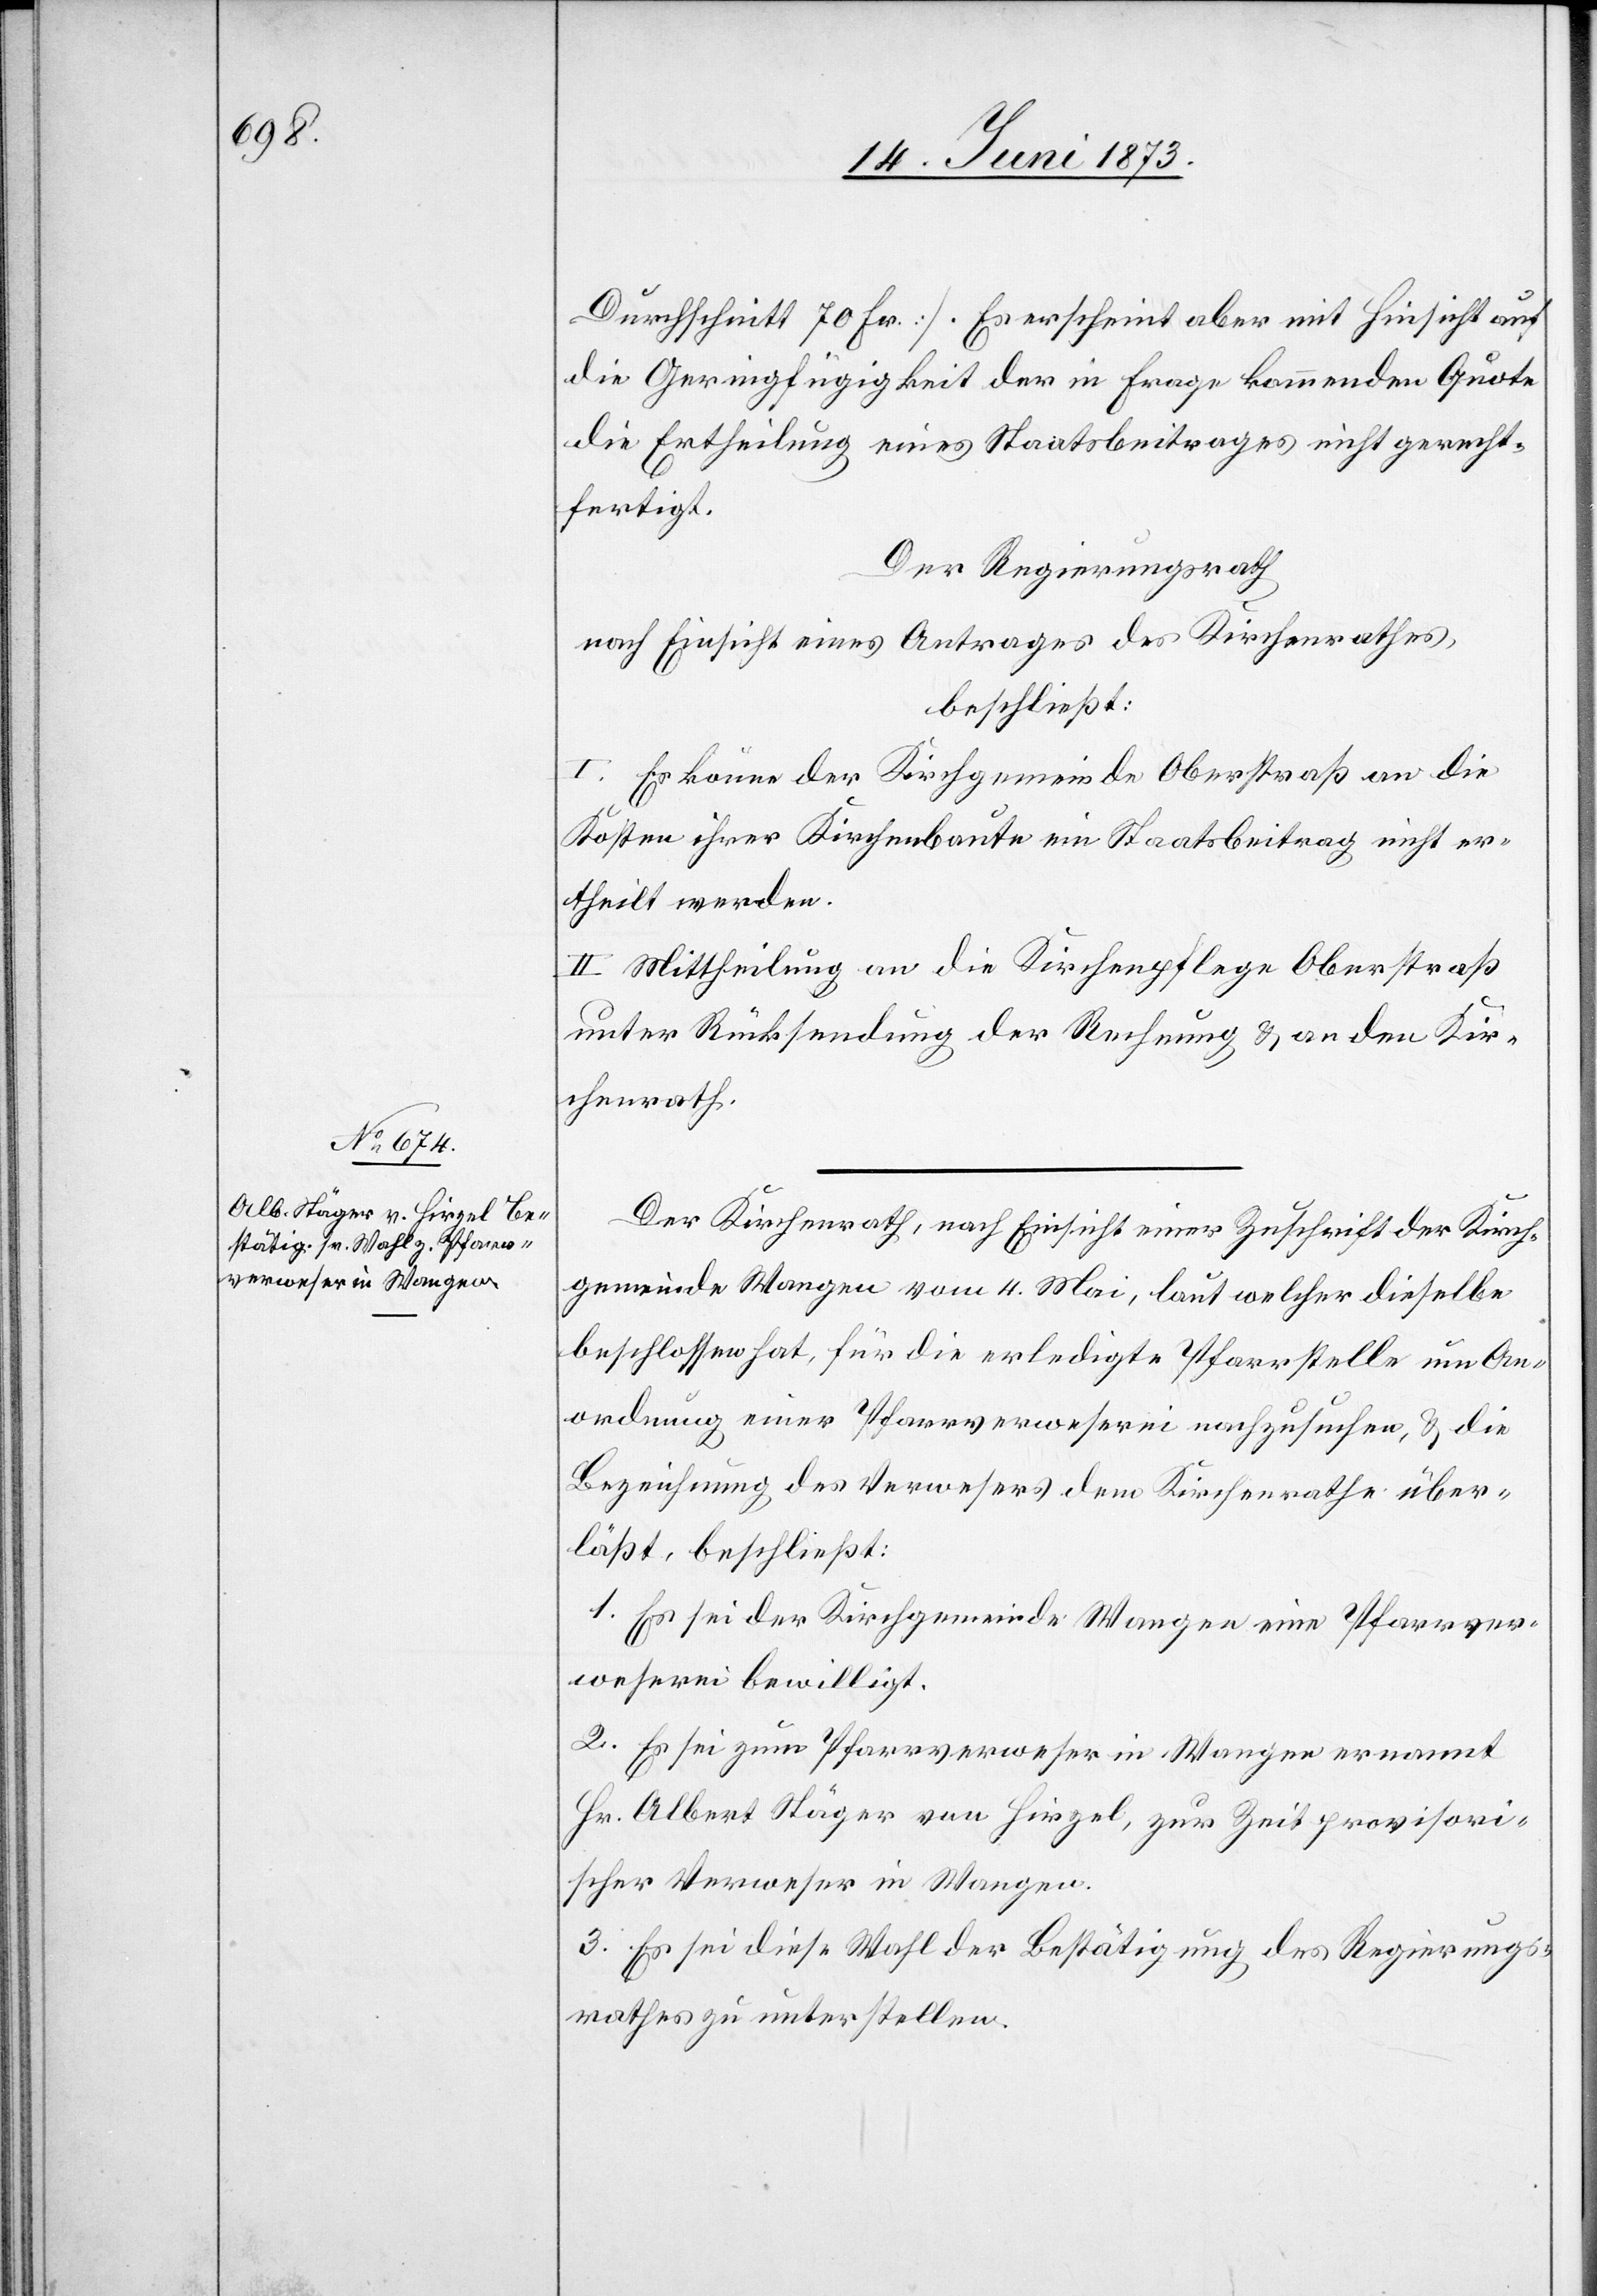
Durchschnitt 70 Fr.]. Es erscheint aber mit Hinsicht auf
die Geringfügigkeit der in Frage kommenden Quote
die Ertheilung eines Staatsbeitrages nicht gerecht¬
fertigt.
Der Regierungsrath
nach Einsicht eines Antrages des Kirchenrathes,
beschließt:
I. Es könne der Kirchgemeinde Oberstraß an die
Kosten ihrer Kirchenbaute ein Staatsbeitrag nicht er¬
theilt werden.
II. Mittheilung an die Kirchenpflege Oberstraß
unter Rücksendung der Rechnung & an den Kir¬
chenrath.
Der Kirchenrath, nach Einsicht einer Zuschrift der Kirch¬
gemeinde Wangen vom 4. Mai, laut welcher dieselbe
beschlossen hat, für die erledigte Pfarrstelle um An¬
ordnung einer Pfarrverweserei nachzusuchen, & die
Bezeichnung des Verwesers dem Kirchenrathe über¬
läßt, beschließt:
1. Es sei der Kirchgemeinde Wangen eine Pfarrver¬
weserei bewilligt.
2. Es sei zum Pfarrverweser in Wangen ernannt
Hr. Albert Stäger von Hirzel, zur Zeit provisori¬
scher Verweser in Wangen.
3. Es sei diese Wahl der Bestätigung des Regierungs¬
rathes zu unterstellen.